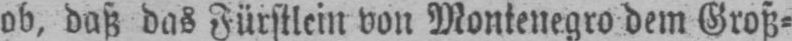
ob, daß das Fürstlein von Montenegro dem Groß⸗